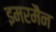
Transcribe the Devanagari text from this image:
इमरमैन